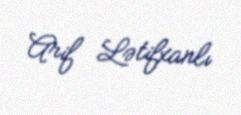
Arif Lətifxanlı